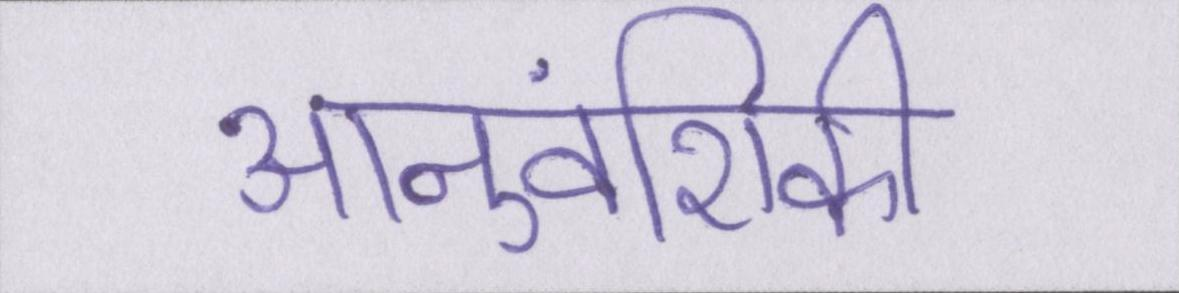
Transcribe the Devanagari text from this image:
आनुवंशिकी